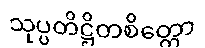
သုပ္ပတိဋ္ဌိတစိတ္တော